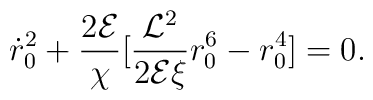
{\dot r_0}^2 + {2 {\cal E}\over \chi}[{{\cal L}^2 \over2 {\cal E} \xi}r_0^6 -r_0^4] =0.